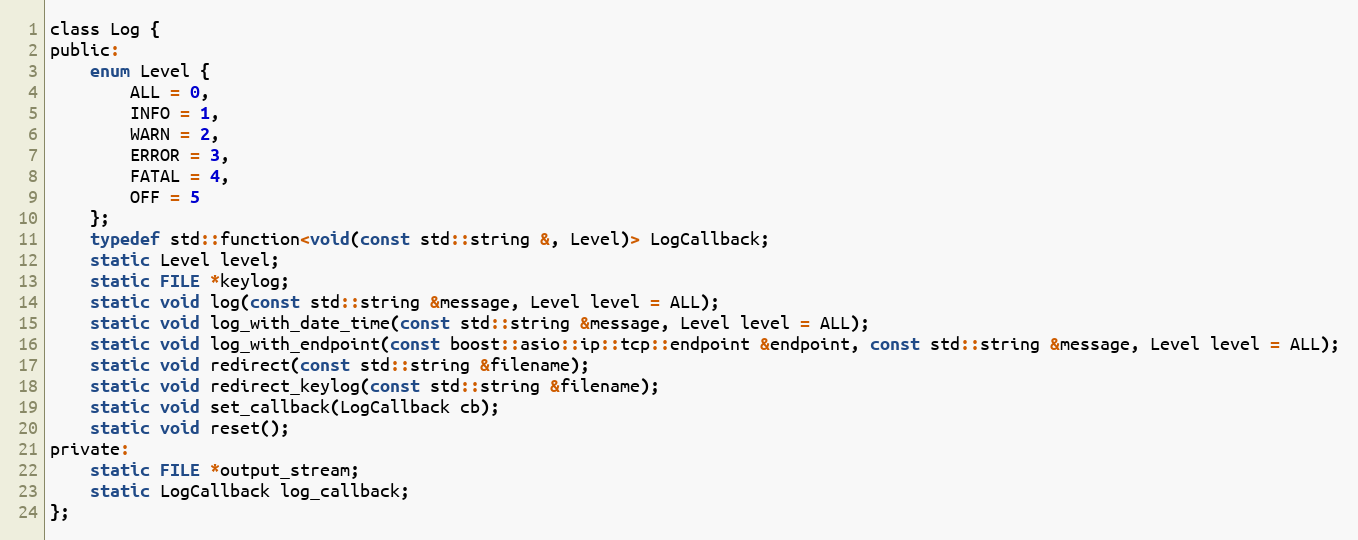
Language: C
class Log {
public:
    enum Level {
        ALL = 0,
        INFO = 1,
        WARN = 2,
        ERROR = 3,
        FATAL = 4,
        OFF = 5
    };
    typedef std::function<void(const std::string &, Level)> LogCallback;
    static Level level;
    static FILE *keylog;
    static void log(const std::string &message, Level level = ALL);
    static void log_with_date_time(const std::string &message, Level level = ALL);
    static void log_with_endpoint(const boost::asio::ip::tcp::endpoint &endpoint, const std::string &message, Level level = ALL);
    static void redirect(const std::string &filename);
    static void redirect_keylog(const std::string &filename);
    static void set_callback(LogCallback cb);
    static void reset();
private:
    static FILE *output_stream;
    static LogCallback log_callback;
};